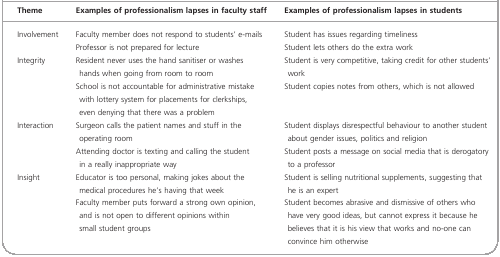
| Theme | Examples of professionalism lapses in faculty staff | Examples of professionalism lapses in students |
 | --- | --- | --- |
 | <ROWSPAN=2> Involvement | Faculty member does not respond to students' e‐mails | Student has issues regarding timeliness |
 | Professor is not prepared for lecture | Student lets others do the extra work |
 | <ROWSPAN=2> Integrity | Resident never uses the hand sanitiser or washes hands when going from room to room | Student is very competitive, taking credit for other students' work |
 | School is not accountable for administrative mistake with lottery system for placements for clerkships, even denying that there was a problem | Student copies notes from others, which is not allowed |
 | <ROWSPAN=2> Interaction | Surgeon calls the patient names and stuff in the operating room | Student displays disrespectful behaviour to another student about gender issues, politics and religion |
 | Attending doctor is texting and calling the student in a really inappropriate way | Student posts a message on social media that is derogatory to a professor |
 | <ROWSPAN=2> Insight | Educator is too personal, making jokes about the medical procedures he's having that week | Student is selling nutritional supplements, suggesting that he is an expert |
 | Faculty member puts forward a strong own opinion, and is not open to different opinions within small student groups | Student becomes abrasive and dismissive of others who have very good ideas, but cannot express it because he believes that it is his view that works and no‐one can convince him otherwise |